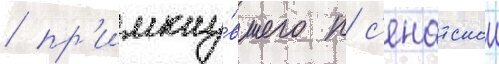
/ пр'имкну́вшего к с'енатскои